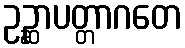
ဥဉ္ဆာပတ္တာဂတေ